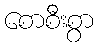
စောစီးစွာ